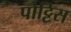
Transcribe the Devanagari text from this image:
पोट्टिस